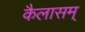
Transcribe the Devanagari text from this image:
कैलासम्‌